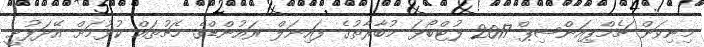
މިނިވަން ޗެމްޕިއަންޝިޕް 2017 ފުޓްބޯޅަ މުބާރާތުގެ ފައިނަލް ރައުންޑްގެ މެޗުތައް ކުޅުމަށް އޭދަފުށީ